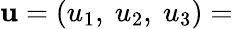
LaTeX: \mathbf{u}=(u_{1},\ u_{2},\ u_{3})=